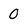
Character: 0